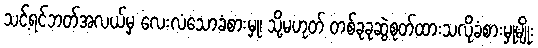
သင့်ရင်ဘတ်အလယ်မှ လေးလံသောခံစားမှု၊ သို့မဟုတ် တစ်ခုခုဆွဲစုတ်ထားသလိုခံစားမှုမျိုး